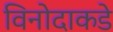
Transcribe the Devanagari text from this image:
विनोदाकडे